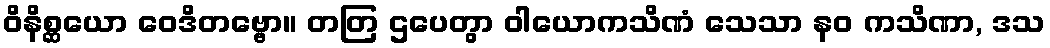
ဝိနိစ္ဆယော ဝေဒိတဗ္ဗော။ တတြ ဌပေတွာ ဝါယောကသိဏံ သေသာ နဝ ကသိဏာ, ဒသ